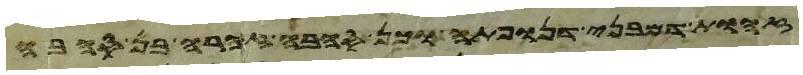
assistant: התבה מפני מי המבול מן הבהמה הטהרה ומן הבהמה